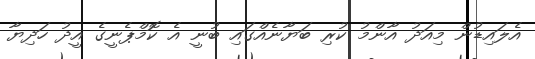
އެލައިޑުން މިއަދު އާންމު ކުރި ބަޔާނެއްގައި ބުނީ އެ ކޮމްޕެނީގެ އީދު ހަދިޔާ